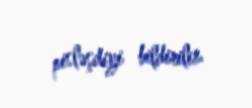
pisləşdiyi bildirilir.